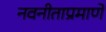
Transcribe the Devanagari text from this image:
नवनीताप्रमाणे